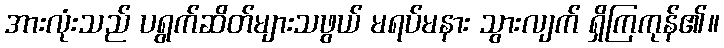
အားလုံးသည် ပရွက်ဆိတ်များသဖွယ် မရပ်မနား သွားလျက် ရှိကြကုန်၏။